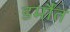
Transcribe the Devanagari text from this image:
डर्मौत